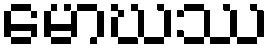
မောဃဿ